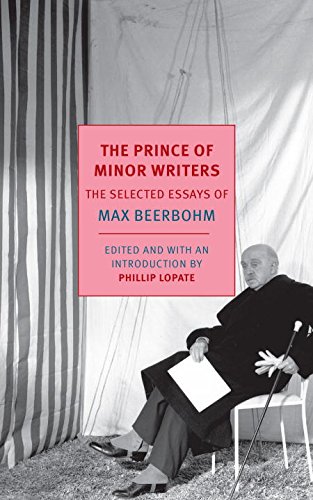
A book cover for The Prince of Minor Writers: The Selected Essays of Max Beerbohm; Max Beerbohm; Literature & Fiction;